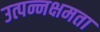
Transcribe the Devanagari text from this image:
उत्पन्नक्षमता